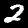
Digit: 2